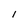
Character: l